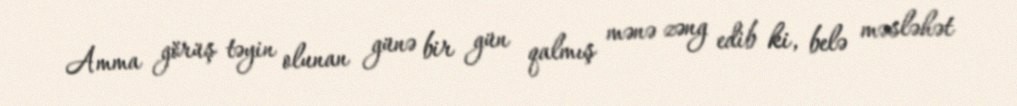
Amma görüş təyin olunan günə bir gün qalmış mənə zəng edib ki, belə məsləhət